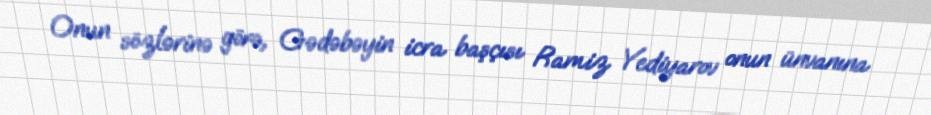
Onun sözlərinə görə, Gədəbəyin icra başçısı Ramiz Yediyarov onun ünvanına